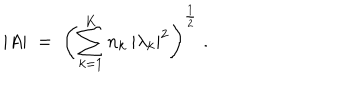
| A | \; = \; \left( \sum _ { k = 1 } ^ { K } n _ { k } \: | \lambda _ { k } | ^ { 2 } \right) ^ { \frac { 1 } { 2 } } \; .